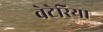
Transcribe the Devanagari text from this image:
वेटेरिया